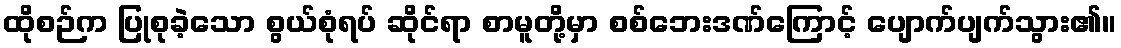
ထိုစဉ်က ပြုစုခဲ့သော စွယ်စုံရပ် ဆိုင်ရာ စာမူတို့မှာ စစ်ဘေးဒဏ်ကြောင့် ပျောက်ပျက်သွား၏။